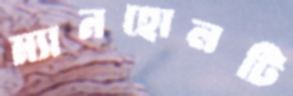
ম্যানহোলটি